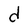
Character: d